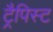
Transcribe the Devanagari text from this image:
ट्रैपिस्ट